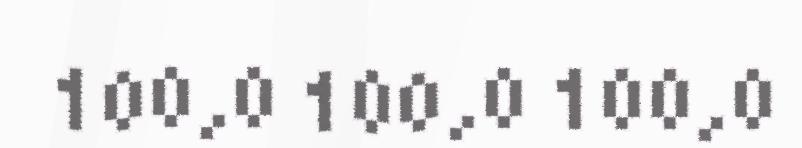
100,0 100,0 100,0